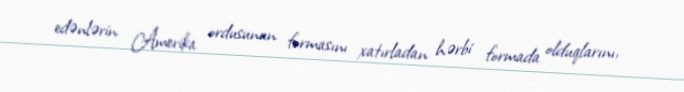
edənlərin Amerika ordusunun formasını xatırladan hərbi formada olduqlarını,